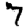
Digit: 7